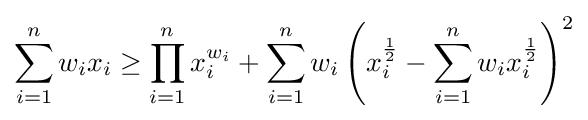
\sum _{i=1}^{n}w_{i}x_{i}\geq \prod _{i=1}^{n}x_{i}^{w_{i}}+\sum _{i=1}^{n}w_{i}\left(x_{i}^{\frac {1}{2}}-\sum _{i=1}^{n}w_{i}x_{i}^{\frac {1}{2}}\right)^{2}